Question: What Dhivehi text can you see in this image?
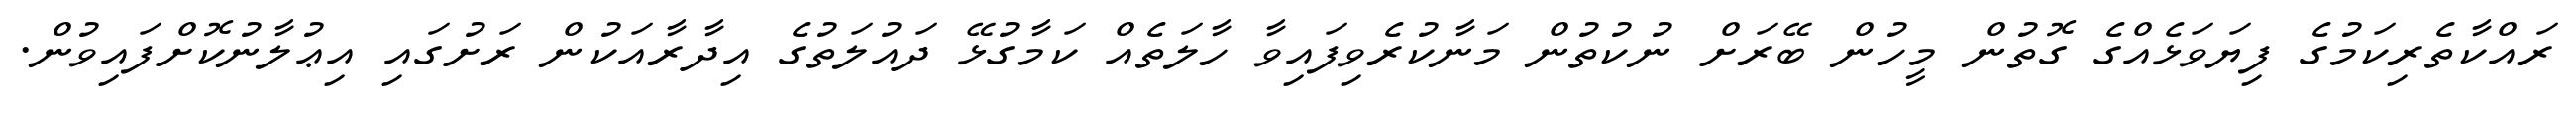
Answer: ރައްކާތެރިކަމުގެ ފިޔަވަޅެއްގެ ގޮތުން މީހުން ބޭރަށް ނުކުތުން މަނާކުރެވިފައިވާ ހާލަތެއް ކަމާގުޅޭ ދައުލަތުގެ އިދާރާއަކުން ރަށުގައި އިޢުލާނުކޮށްފައިވުން.